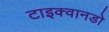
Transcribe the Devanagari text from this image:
टाइक्वानडो